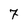
Character: 7